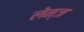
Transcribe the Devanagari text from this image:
लेन्ज